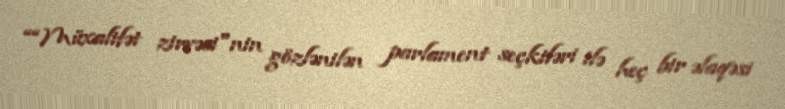
““Müxalifət zirvəsi"nin gözlənilən parlament seçkiləri ilə heç bir əlaqəsi